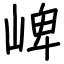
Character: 崥